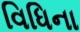
વિધિના